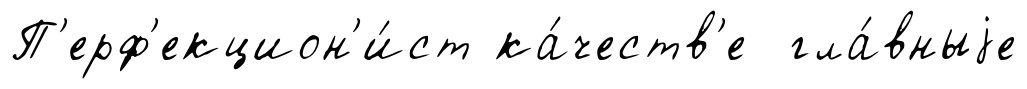
П'ерф'екцион'и́ст ка́честв'е гла́вныjе